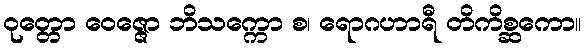
ဝုတ္တော ဝေဇ္ဇော ဘိသက္ကော စ၊ ရောဂဟာရီ တိကိစ္ဆကော။